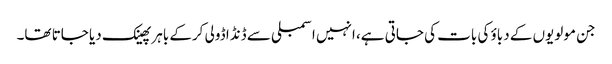
جن مولویوں کے دباؤ کی بات کی جاتی ہے، انہیں اسمبلی سے ڈنڈا ڈولی کرکے باہر پھینک دیا جاتا تھا۔